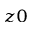
_ { z 0 }